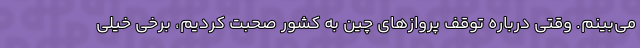
می‌بینم. وقتی درباره توقف پروازهای چین به کشور صحبت کردیم، برخی خیلی